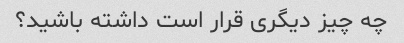
چه چیز دیگری قرار است داشته باشید؟